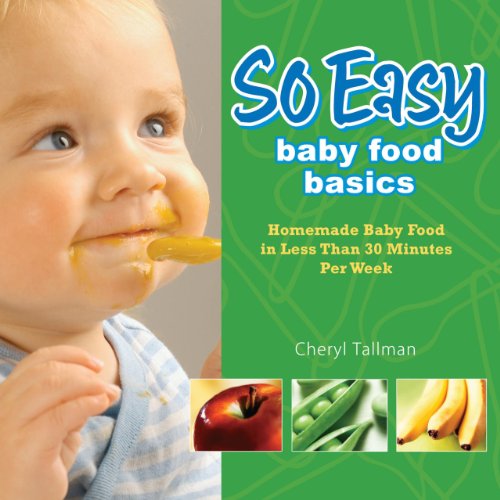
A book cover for So Easy Baby Food Basics: Homemade Baby Food in Less Than 30 Minutes Per Week; Cheryl Tallman; Cookbooks, Food & Wine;